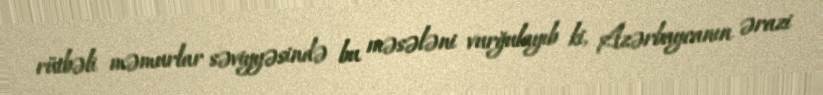
rütbəli məmurlar səviyyəsində bu məsələni vurğulayıb ki, Azərbaycanın ərazi